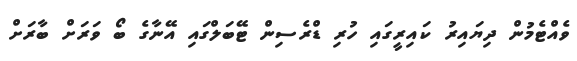
ވެއްޓެމުން ދިޔައިރު ކައިރީގައި ހުރި ޑްރެސިން ޓޭބަލްގައި އޭނާގެ ބޯ ވަރަށް ބާރަށް